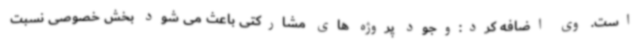
است. وی اضافه کرد:وجود پروژه های مشارکتی باعث می شود بخش خصوصی نسبت